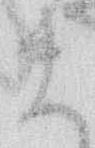
ま